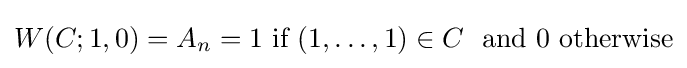
W(C;1,0)=A_{n}=1{\mbox{ if }}(1,\ldots ,1)\in C\ {\mbox{ and }}0{\mbox{ otherwise}}